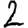
Digit: 2